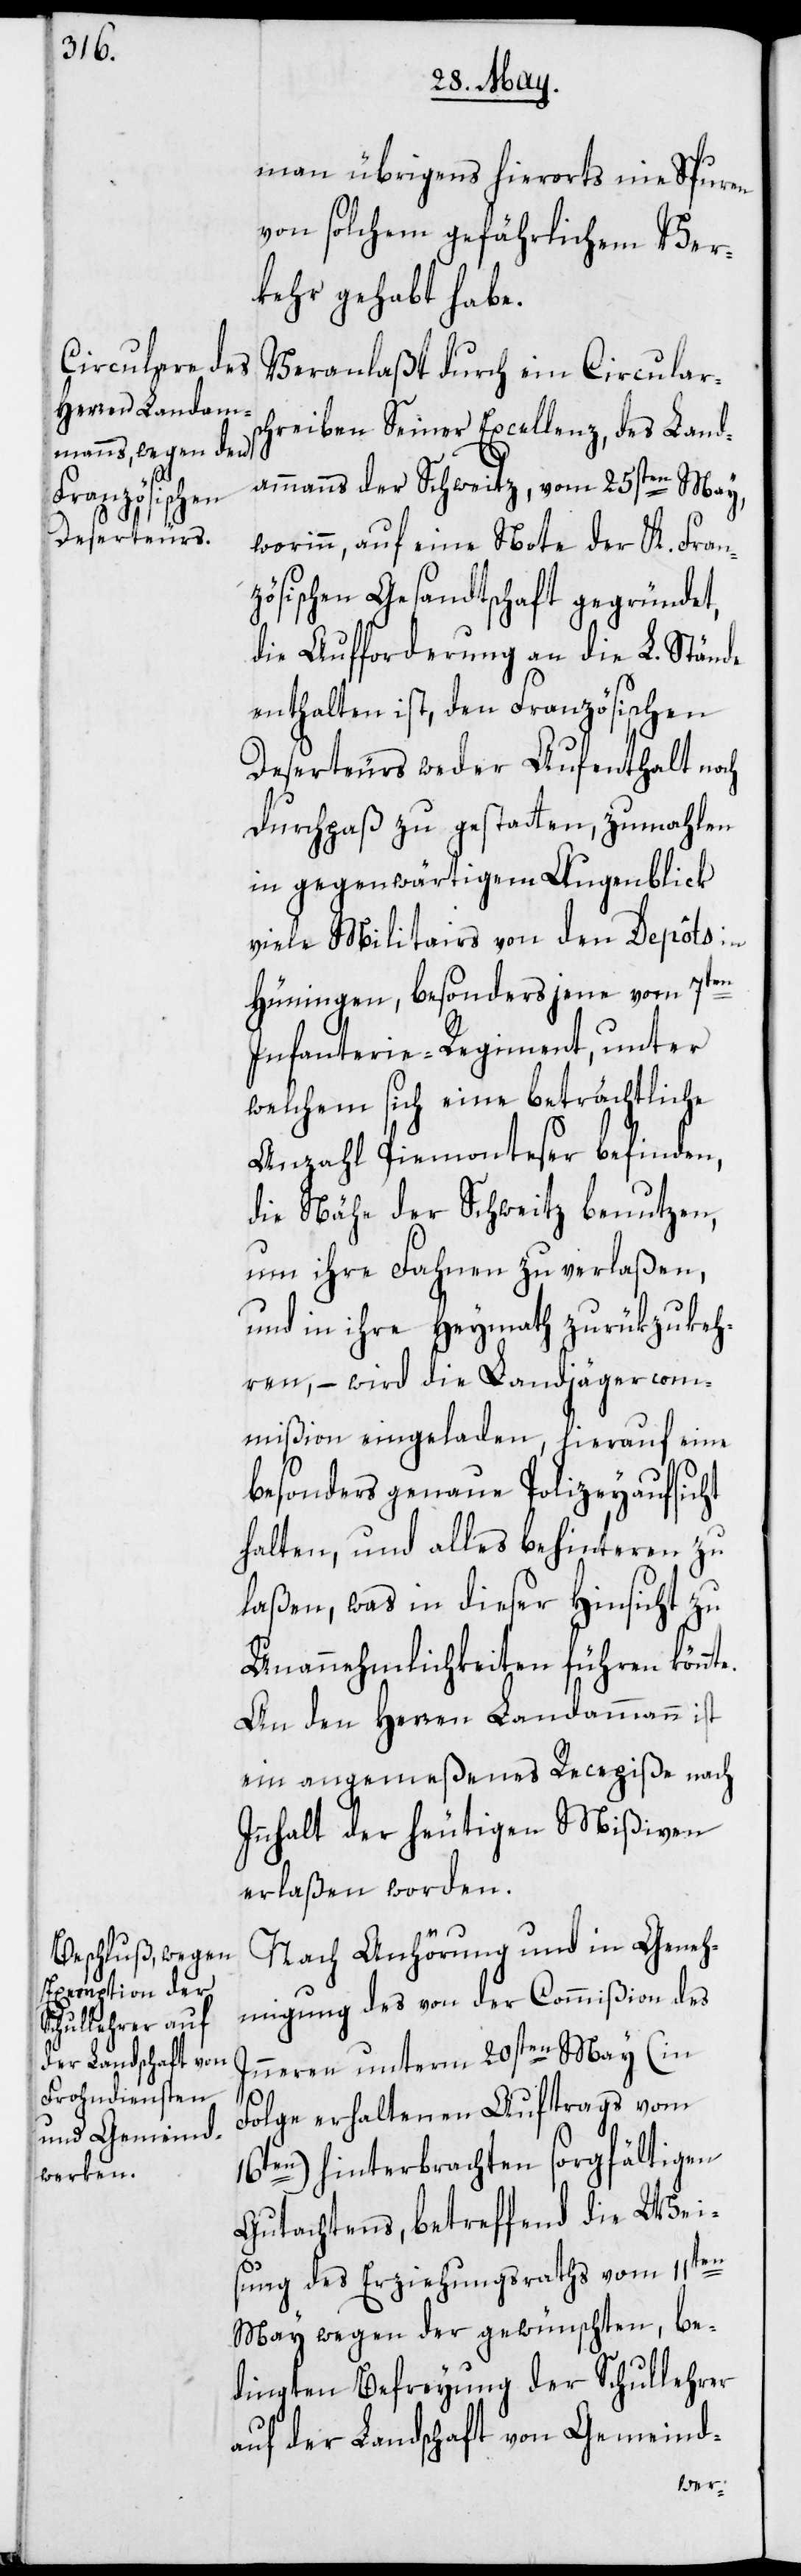
man übrigens hierorts nie Spuren
von solchem gefährlichem Ver¬
kehr gehabt habe.
Veranlaßt durch ein Circulars¬
chreiben Seiner Excellenz, des Land¬
ammanns der Schweitz, vom 25sten May,
worinn, auf eine Note der K. Fran¬
zösischen Gesandtschaft gegründet,
die Aufforderung an die L. Stände
enthalten ist, den Französischen
Deserteurs weder Aufenthalt noch
Durchpaß zu gestatten, zumahlen
in gegenwärtigem Augenblick
viele Militairs von den Depôts in
Hüningen, besonders jene vom 7ten
Infanterie-Regiment, unter
welchem sich eine beträchtliche
Anzahl Piemonteser befinden,
die Nähe der Schweitz benutzen,
um ihre Fahnen zu verlaßen,
und in ihre Heymath zurükzukeh¬
ren, – wird die Landjägercom¬
mißion eingeladen, hierauf eine
besonders genaue Polizeyaufsicht
halten, und alles behinteren zu
laßen, was in dieser Hinsicht zu
Unannehmlichkeiten führen könnt¬
An den Herren Landammann ist
ein angemeßenes Recepiße nach
Innhalt der heutigen Mißiven
erlaßen worden.
Nach Anhörung und in Geneh¬
migung des von der Commißion des
Inneren unterm 20sten May (in
Folge erhaltenen Auftrags vom
n) hinterbrachten sorgfältigen
16te¬
Gutachtens, betreffend die Weis¬
ung des Erziehungsraths vom 11ten
May wegen der gewünschten, be¬
dingten Befreyung der Schullehrer
auf der Landschaft von Gemeind-